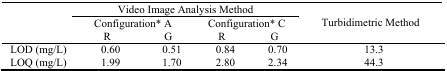
| <ROWSPAN=3>  | <COLSPAN=4> Video Image Analysis Method | <ROWSPAN=3> Turbidimetric Method |
 | <COLSPAN=2> Configuration* A | <COLSPAN=2> Configuration* C |
 | R | G | R | G |
 | --- | --- | --- | --- | --- | --- |
 | LOD (mg/L) | 0.60 | 0.51 | 0.84 | 0.70 | 13.3 |
 | LOQ (mg/L) | 1.99 | 1.70 | 2.80 | 2.34 | 44.3 |